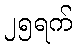
၂၅ရက်